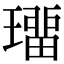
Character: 璢